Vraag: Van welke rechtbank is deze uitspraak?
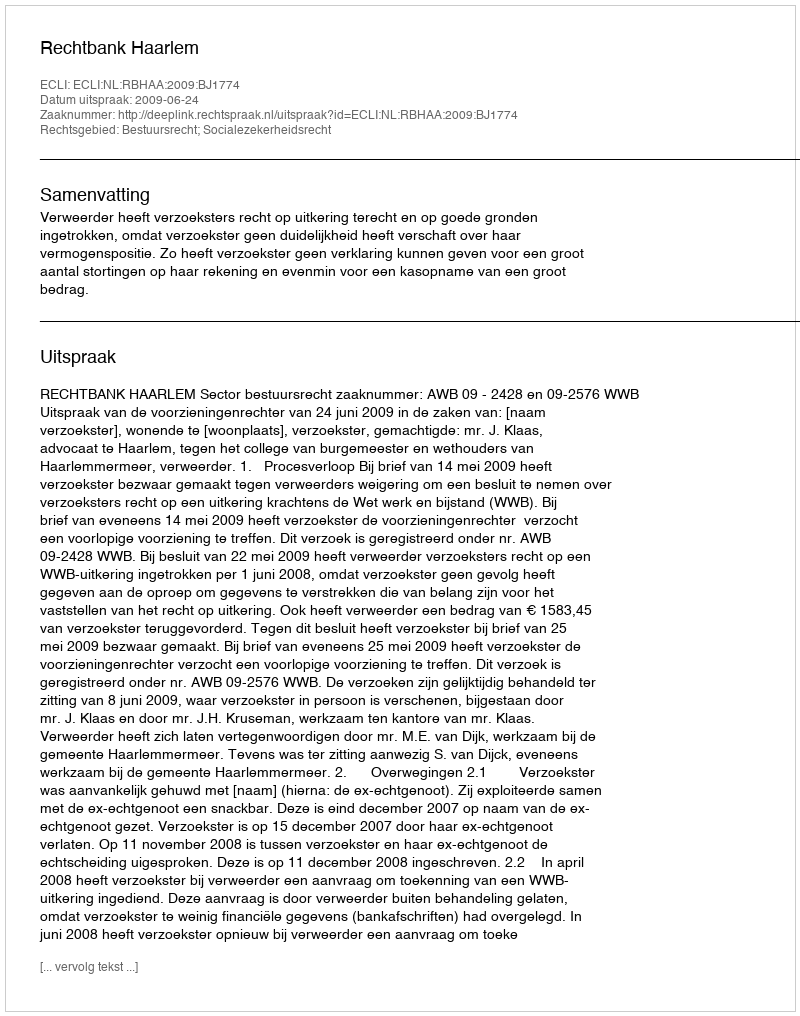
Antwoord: Rechtbank Haarlem